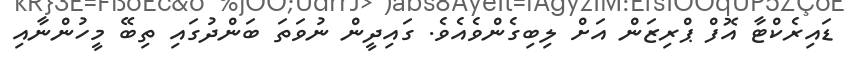
ޑައިރެކްޓާ އޮފް ޕްރިޒަން އަށް ލިބިގެންވެއެވެ. ގައިދީން ނުވަތަ ބަންދުގައި ތިބޭ މީހުންނާއި